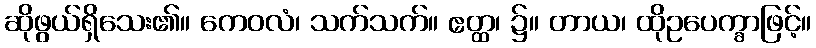
ဆိုဖွယ်ရှိသေး၏။ ကေဝလံ၊ သက်သက်။ ဧတ္ထ၊ ၌။ တာယ၊ ထိုဥပေက္ခာဖြင့်။